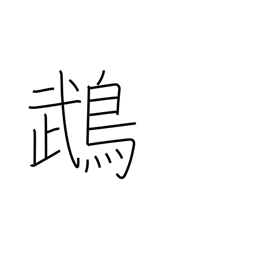
Meaning: cockatoo